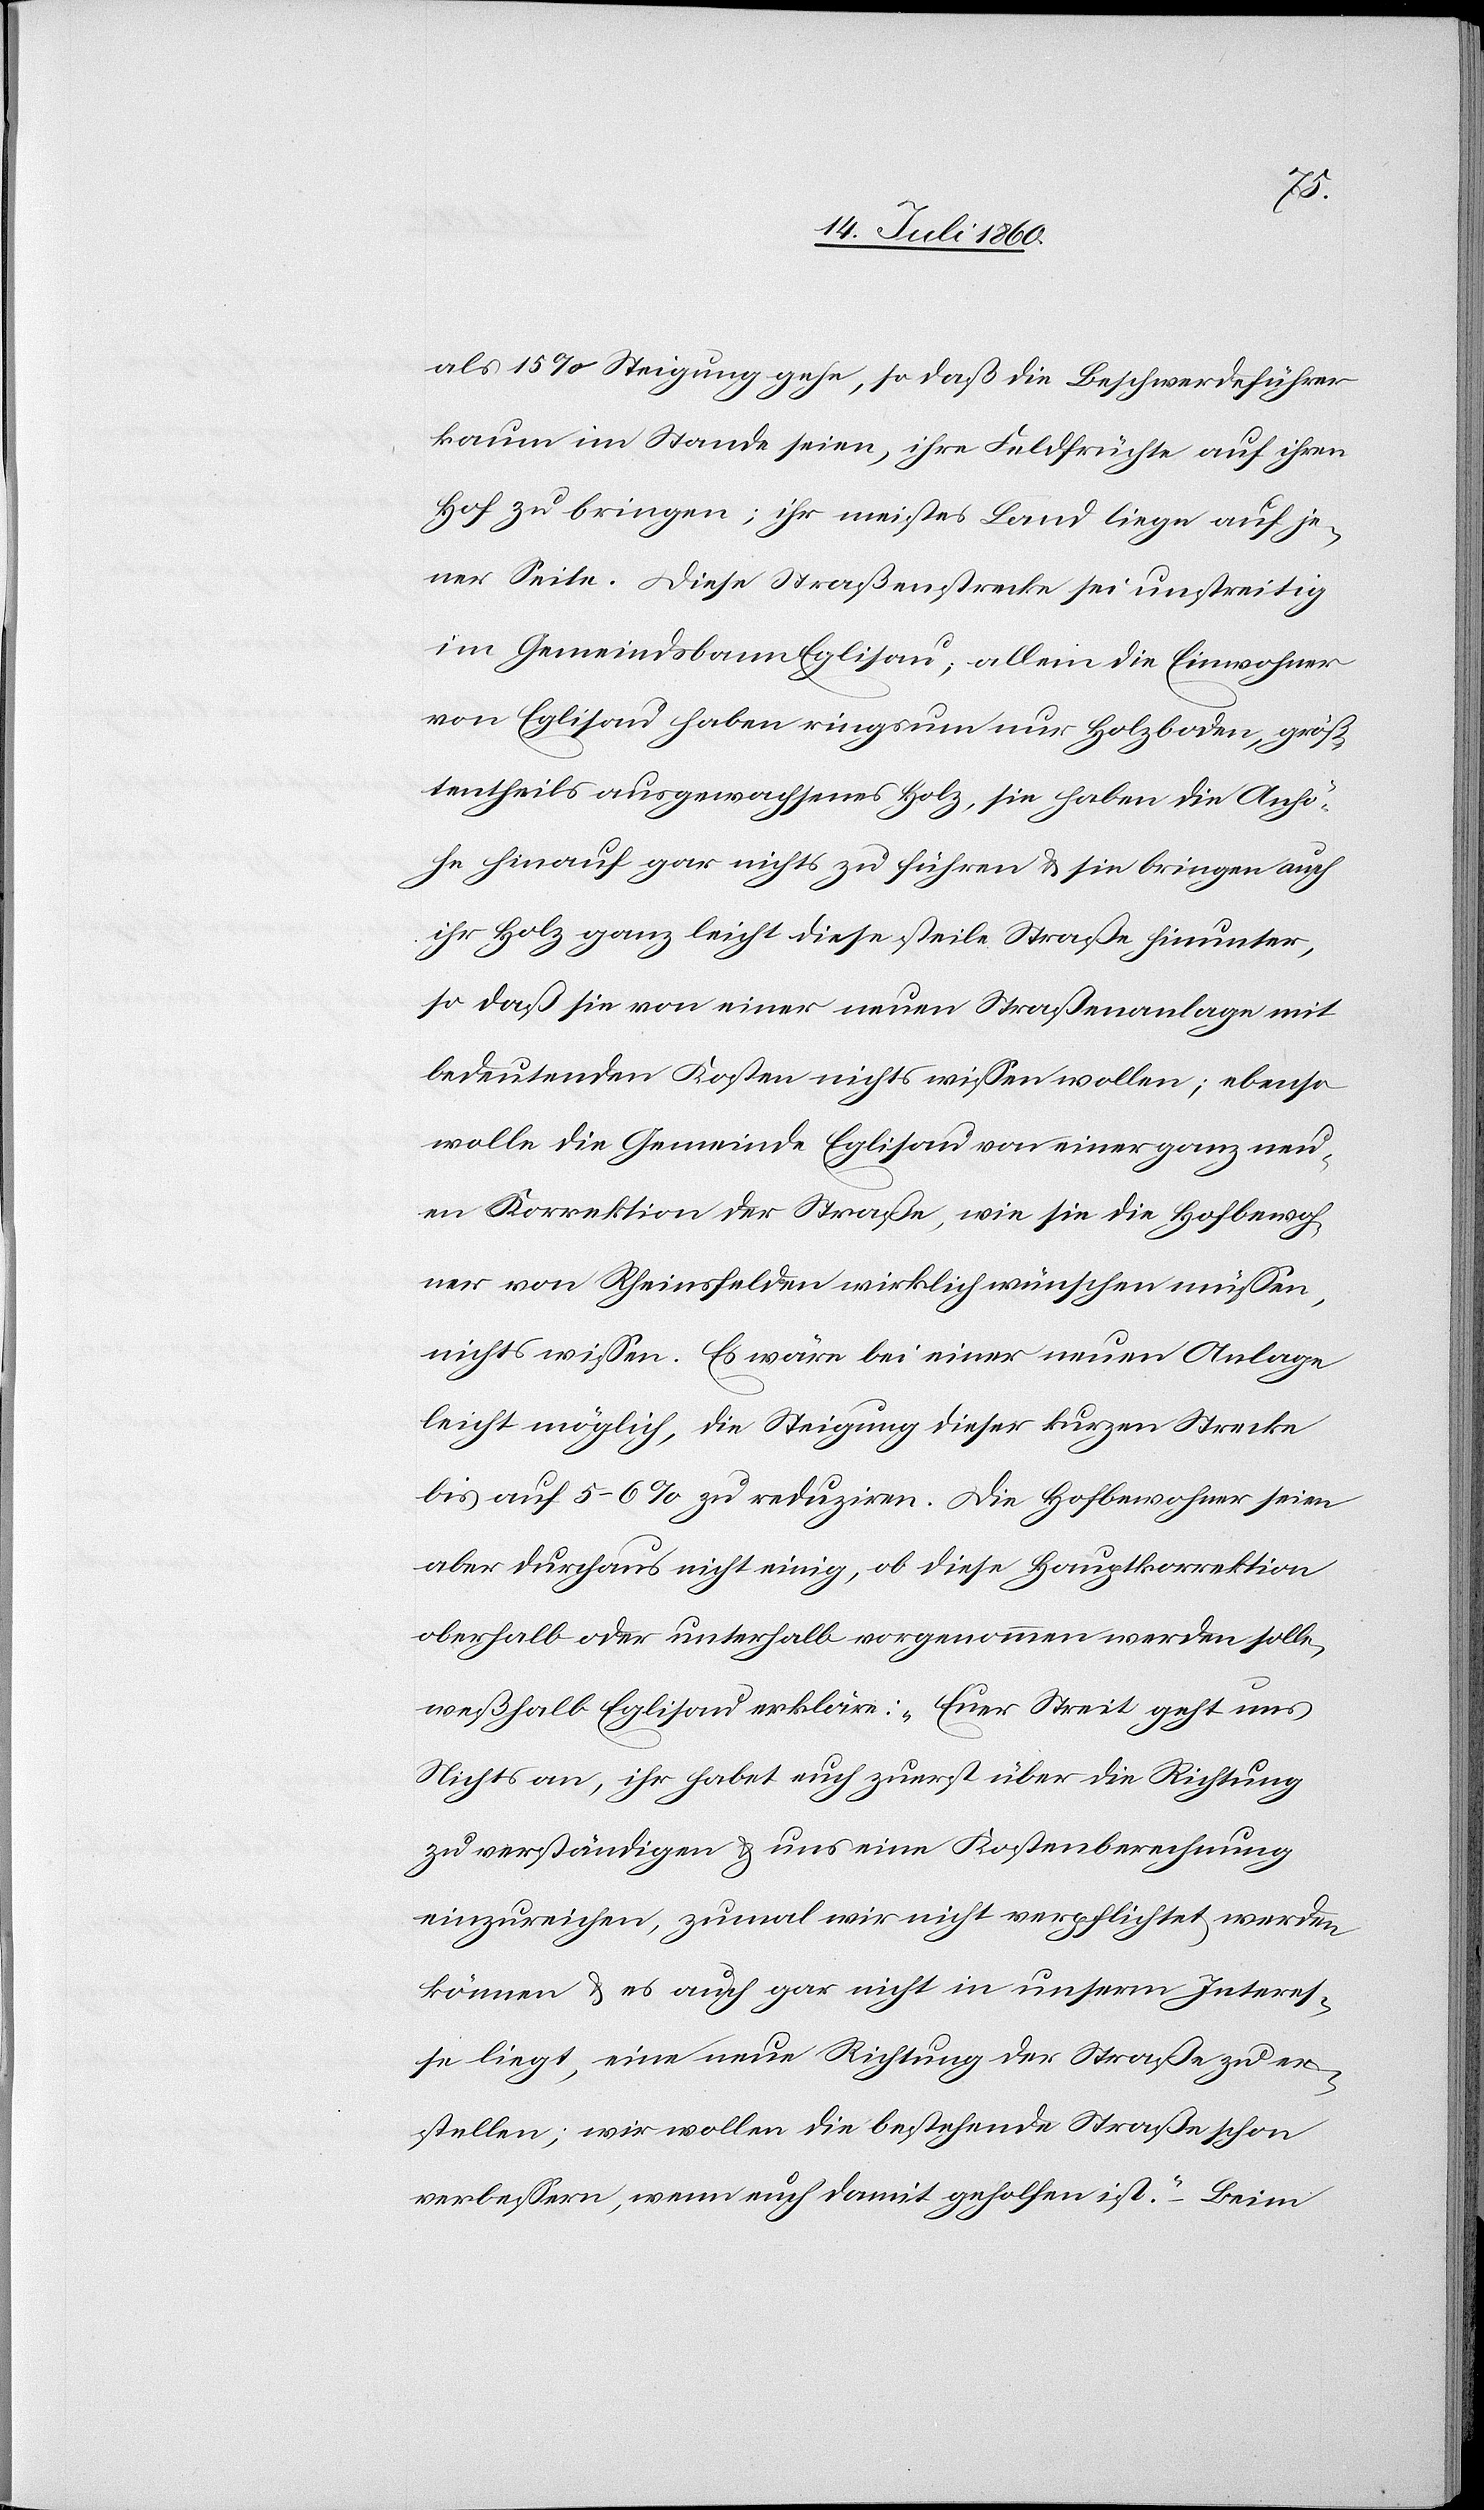
als 15% Steigung gehe, so daß die Beschwerdeführer
kaum im Stande seien, ihre Feldfrüchte auf ihren
Hof zu bringen; ihr meistes Land liege auf je¬
ner Seite. Diese Straßenstrecke sei unstreitig
im Gemeindsbann Eglisau; allein die Einwohner
von Eglisau haben ringsum nur Holzboden, größ¬
tentheils ausgewachsenes Holz, sie haben die Anhö¬
he hinauf gar nichts zu führen & sie bringen auch
ihr Holz ganz leicht diese steile Straße hinunter,
so daß sie von einer neuen Straßenanlage mit
bedeutenden Kosten nichts wissen wollen; ebenso
wolle die Gemeinde Eglisau von einer ganz neu¬
en Korrektion der Straße, wie sie die Hofbewoh¬
ner von Rheinsfelden wirklich wünschen müssen,
nichts wissen. Es wäre bei einer neuen Anlage
leicht möglich, die Steigung dieser kurzen Strecke
bis auf 5–6% zu reduziren. Die Hofbewohner seien
aber durchaus nicht einig, ob diese Hauptkorrektion
oberhalb oder unterhalb vorgenommen werden solle,
weßhalb Eglisau erkläre: „Euer Streit geht uns
Nichts an, ihr habet euch zuerst über die Richtung
zu verständigen & uns eine Kostenberechnung
einzureichen, zumal wir nicht verpflichtet werden
können & es auch gar nicht in unserm Interes¬
se liegt, eine neue Richtung der Straße zu er¬
stellen; wir wollen die bestehende Straße schon
verbessern, wenn euch damit geholfen ist.“ – Beim